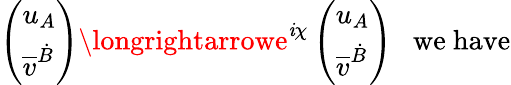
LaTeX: \left(\begin{array}{l}{{u_{A}}}\\ {{\overline{{{v}}}^{\dot{B}}}}\end{array}\right)\longrightarrowe^{\mathit{i}\chi}\left(\begin{array}{l}{{u_{A}}}\\ {{\overline{{{v}}}^{\dot{B}}}}\end{array}\right)\ \ \ \mathrm{{we~have}}